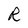
Character: R